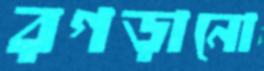
রগড়ানো